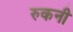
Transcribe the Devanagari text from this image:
रुकनी